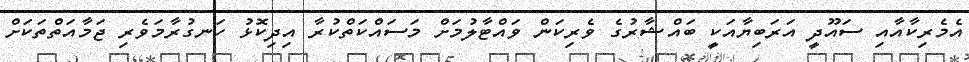
އެމެރިކާއާއި ސައޫދީ އަރަބިޔާއަކީ ބައްޝާރުގެ ވެރިކަން ވައްޓާލުމަށް މަސައްކަތްކުރާ އިދިކޮޅު ހަނގުރާމަވެރި ޖަމާއަތްތަކަށް